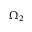
\Omega _ { 2 }